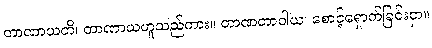
တာဏာယတိ၊ တာဏာယဟူသည်ကား။ တာဏတာဝါယ၊ စောင့်ရှောက်ခြင်းငှာ။